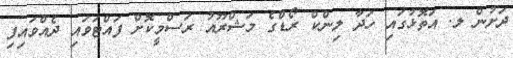
ދަށުން ލ. އަތޮޅުގައި ހަދާ ލިންކް ރޯޑްގެ މަޝްރޫއު ރަސްމީކޮށް ފައްޓަވައި ދެއްވައިފި